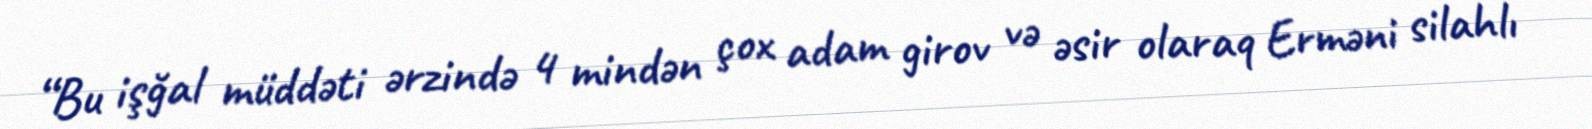
“Bu işğal müddəti ərzində 4 mindən çox adam girov və əsir olaraq Erməni silahlı